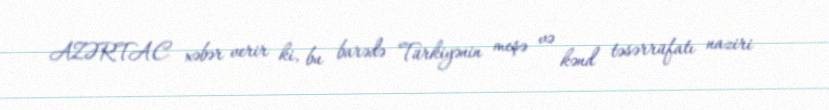
AZƏRTAC xəbər verir ki, bu barədə Türkiyənin meşə və kənd təsərrüfatı naziri